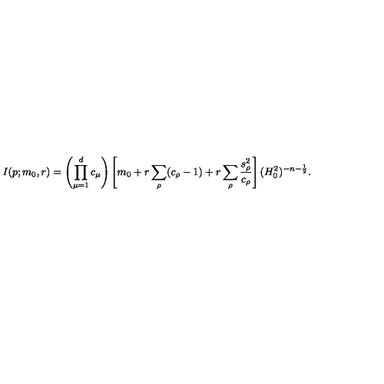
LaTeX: I ( p ; m _ { 0 } , r ) = \left( \prod _ { \mu = 1 } ^ { d } c _ { \mu } \right) \left[ m _ { 0 } + r \sum _ { \rho } ( c _ { \rho } - 1 ) + r \sum _ { \rho } \frac { s _ { \rho } ^ { 2 } } { c _ { \rho } } \right] ( H _ { 0 } ^ { 2 } ) ^ { - n - \frac { 1 } { 2 } } .